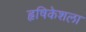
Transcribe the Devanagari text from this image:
हृषिकेशला